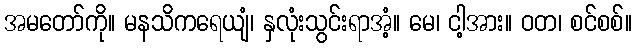
အမတော်ကို။ မနသိကရေယျံ၊ နှလုံးသွင်းရာအံ့။ မေ၊ ငါ့အား။ ဝတ၊ စင်စစ်။